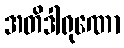
အတိဒါရုဏော